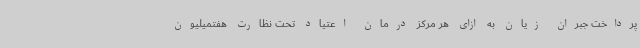
پرداخت جبران زیان به ازای هر مرکز درمان اعتیاد تحت نظارت هفتمیلیون